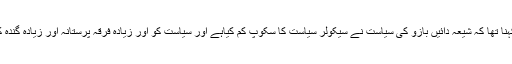
اس کا کہنا تھا کہ شیعہ دائیں بازو کی سیاست نے سیکولر سیاست کا سکوپ کم کیاہے اور سیاست کو اور زیادہ فرقہ پرستانہ اور زیادہ گندہ کیا ہے ۔